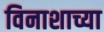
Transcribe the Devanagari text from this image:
विनाशाच्या